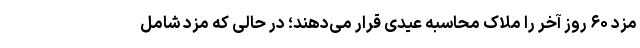
مزد ۶۰ روز آخر را ملاک محاسبه عیدی قرار می‌دهند؛ در حالی که مزد شامل